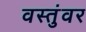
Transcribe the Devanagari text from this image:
वस्तुंवर